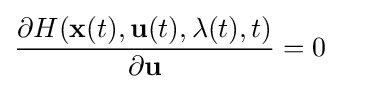
{\frac {\partial H(\mathbf {x} (t),\mathbf {u} (t),\mathbf {\lambda } (t),t)}{\partial \mathbf {u} }}=0\quad